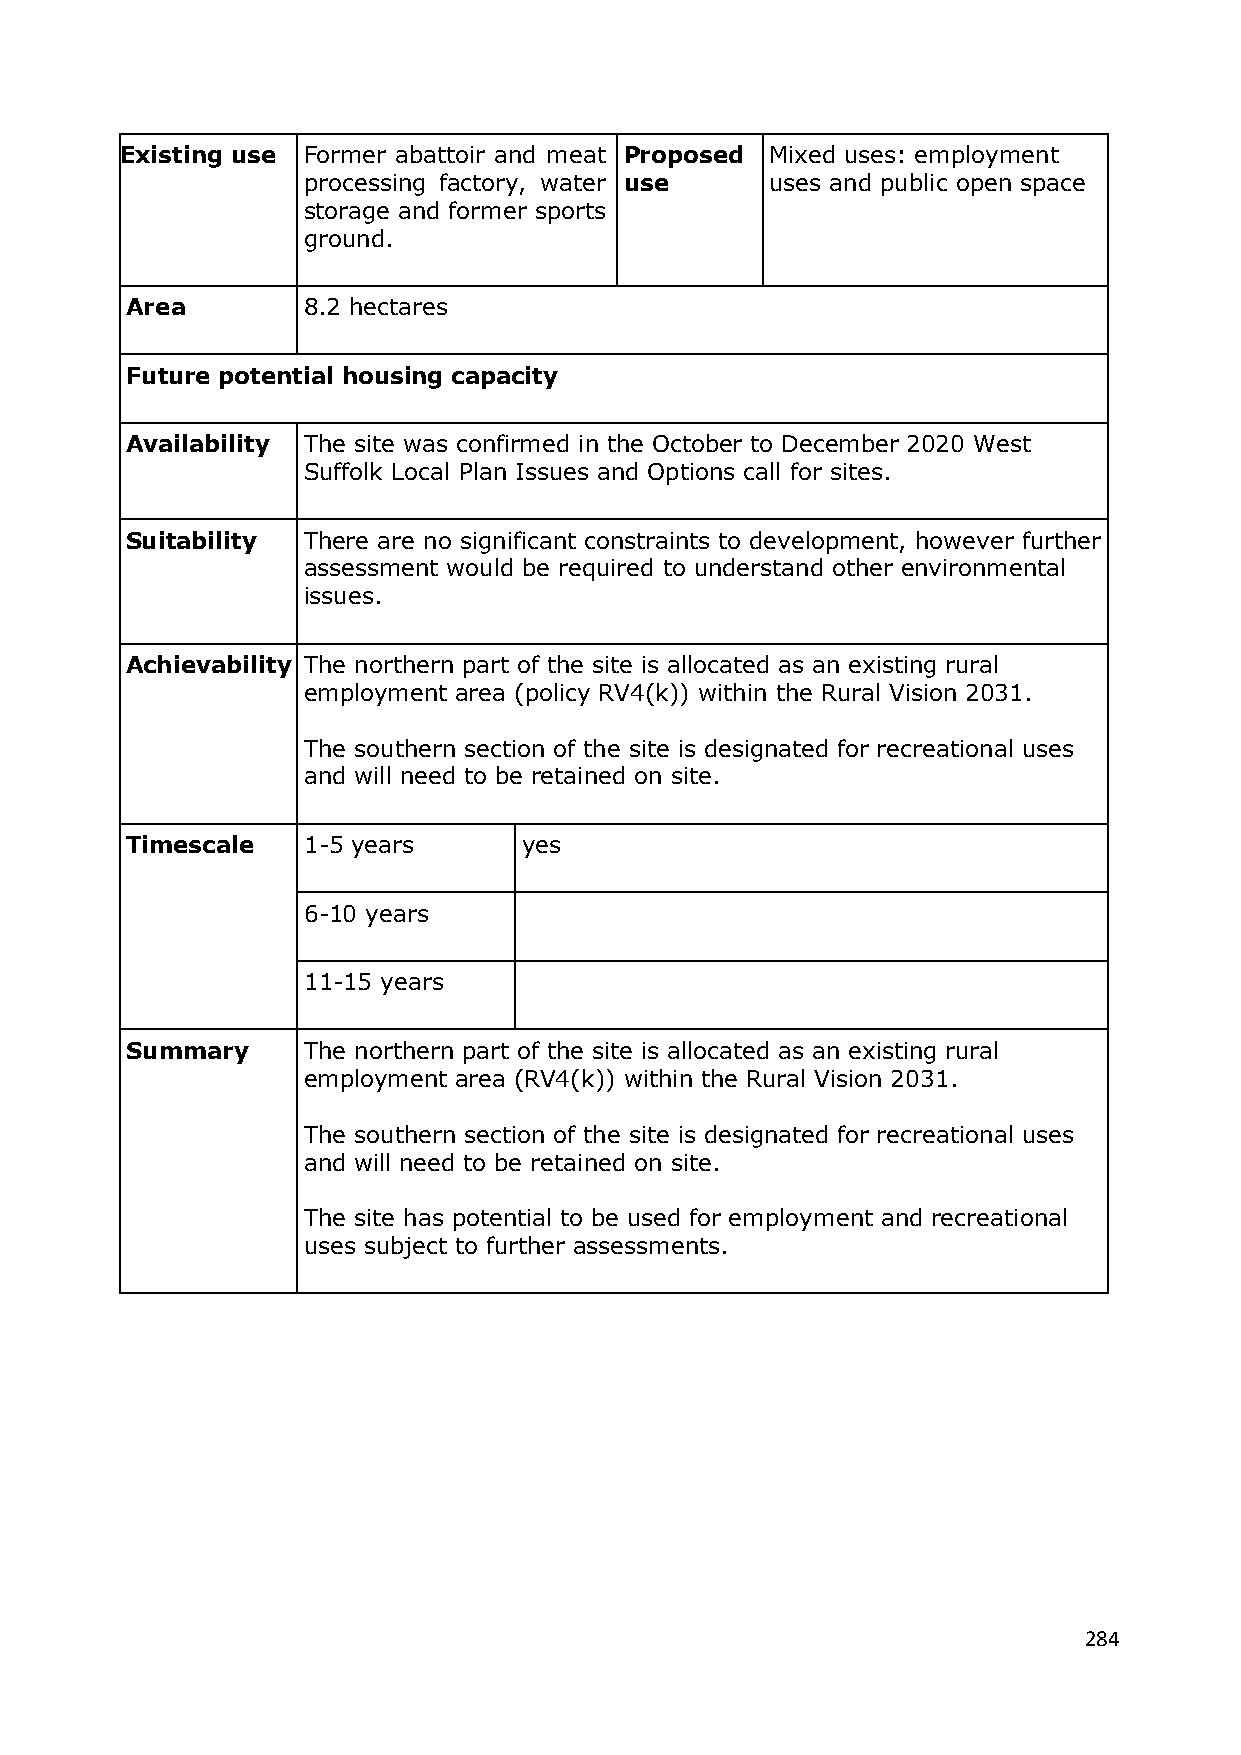
Existing use Former abattoir and meat Proposed Mixed uses: employment
 processing factory, water use  uses and public open space
 storage and former sports
 ground.
 Area        8.2 hectares
 Future potential housing capacity
 Availability The site was confirmed in the October to December 2020 West
 Suffolk Local Plan Issues and Options call for sites.
 Suitability There are no significant constraints to development, however further
 assessment would be required to understand other environmental
 issues.
 Achievability The northern part of the site is allocated as an existing rural
 employment area (policy RV4(k)) within the Rural Vision 2031.
 The southern section of the site is designated for recreational uses
 and will need to be retained on site.
 Timescale   1-5 years      yes
 6-10 years
 11-15 years
 Summary     The northern part of the site is allocated as an existing rural
 employment area (RV4(k)) within the Rural Vision 2031.
 The southern section of the site is designated for recreational uses
 and will need to be retained on site.
 The site has potential to be used for employment and recreational
 uses subject to further assessments.
 284